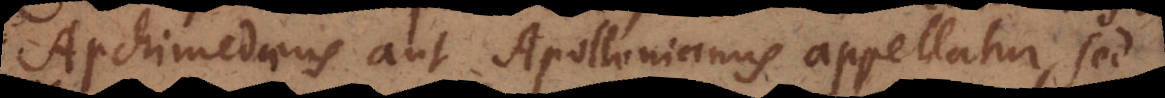
Archimedaeus aut Apollinianus appellatur, sed